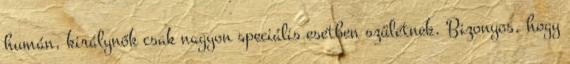
humán, királynők csak nagyon speciális esetben születnek. Bizonyos, hogy